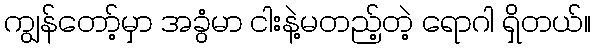
ကျွန်တော့်မှာ အခွံမာ ငါးနဲ့မတည့်တဲ့ ရောဂါ ရှိတယ်။